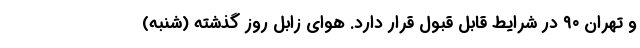
و تهران ۹۰ در شرایط قابل قبول قرار دارد. هوای زابل روز گذشته (شنبه)